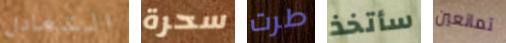
التعادل سحرة طرت سأتخذ تمانعين